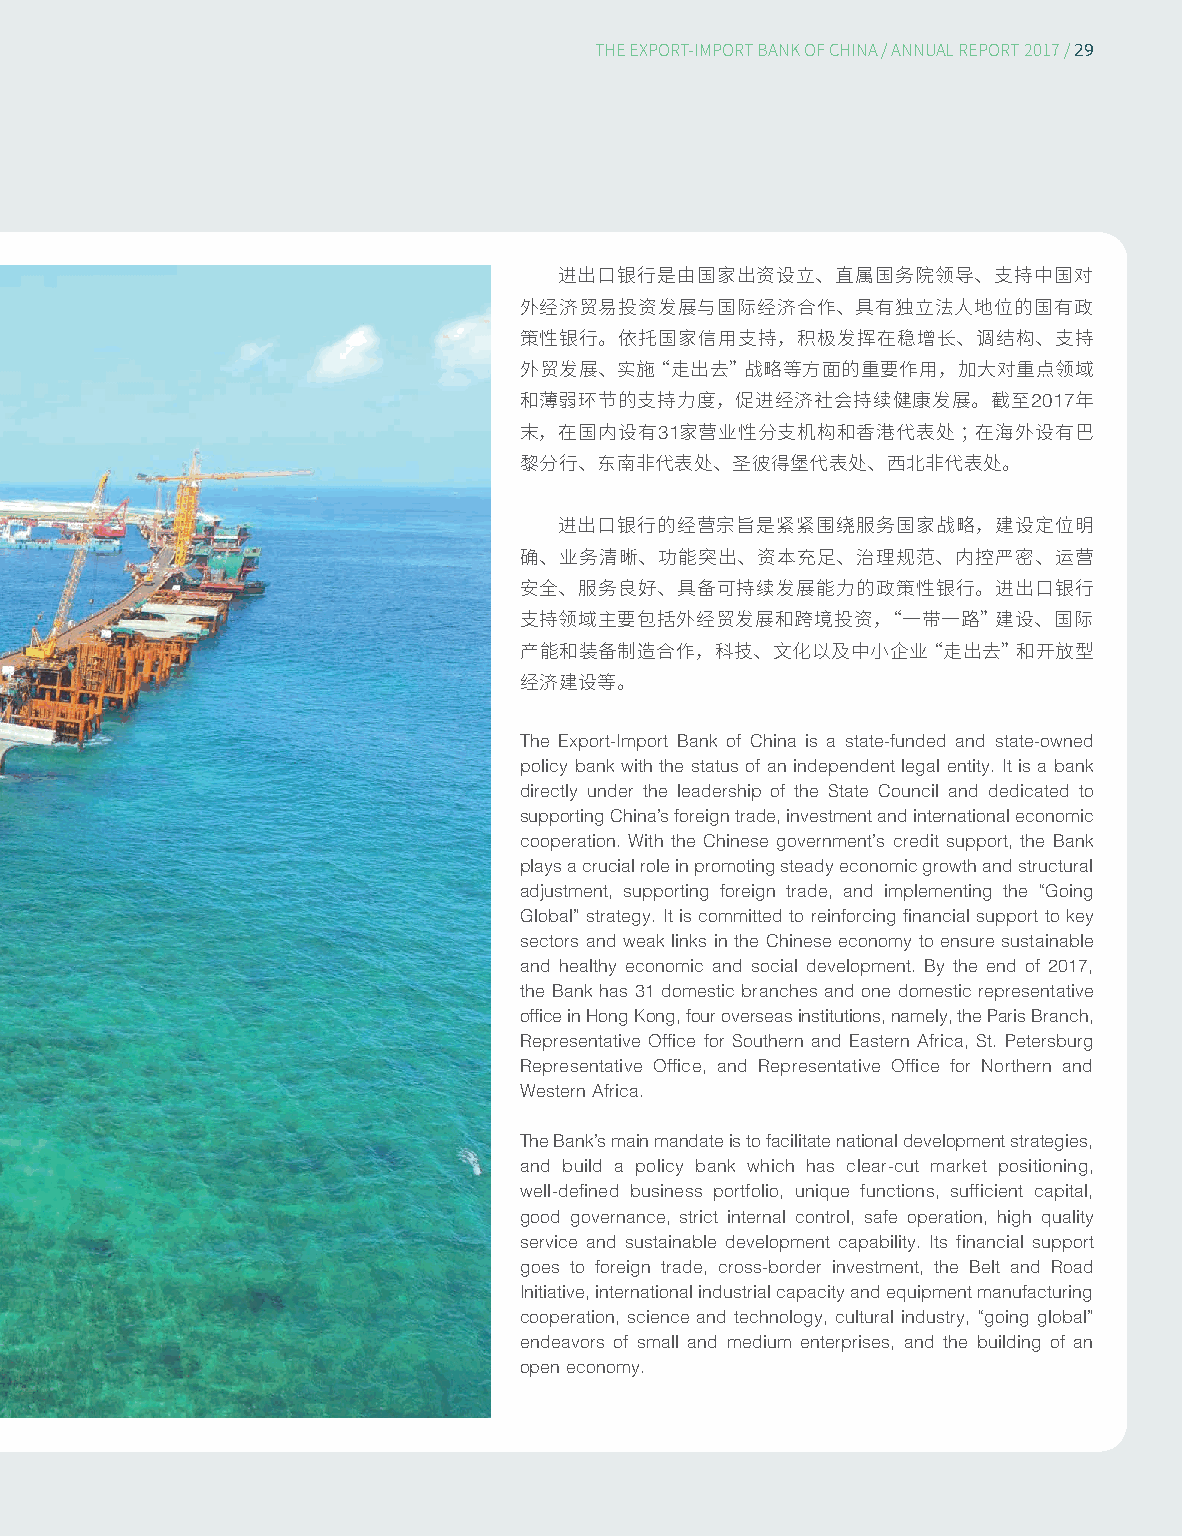
29
 THE EXPORT-IMPORT BANK OF CHINA/ ANNUAL REPORT 2017/
 进出口银行是由国家出资设立、直属国务院领导、支持中国对
 外经济贸易投资发展与国际经济合作、具有独立法人地位的国有政
 策性银行。依托国家信用支持，积极发挥在稳增长、调结构、支持
 外贸发展、实施“走出去”战略等方面的重要作用，加大对重点领域
 2017
 和薄弱环节的支持力度，促进经济社会持续健康发展。截至           年
 31
 末，在国内设有    家营业性分支机构和香港代表处；在海外设有巴
 黎分行、东南非代表处、圣彼得堡代表处、西北非代表处。
 进出口银行的经营宗旨是紧紧围绕服务国家战略，建设定位明
 确、业务清晰、功能突出、资本充足、治理规范、内控严密、运营
 安全、服务良好、具备可持续发展能力的政策性银行。进出口银行
 支持领域主要包括外经贸发展和跨境投资，“一带一路”建设、国际
 产能和装备制造合作，科技、文化以及中小企业“走出去”和开放型
 经济建设等。
 The Export-Import Bank of China is a state-funded and state-owned
 policy bank with the status of an independent legal entity. It is a bank
 directly under the leadership of the State Council and dedicated to
 supporting China’s foreign trade, investment and international economic
 cooperation. With the Chinese government’s credit support, the Bank
 plays a crucial role in promoting steady economic growth and structural
 adjustment, supporting foreign trade, and implementing the “Going
 Global” strategy. It is committed to reinforcing financial support to key
 sectors and weak links in the Chinese economy to ensure sustainable
 and healthy economic and social development. By the end of 2017,
 the Bank has 31 domestic branches and one domestic representative
 office in Hong Kong, four overseas institutions, namely, the Paris Branch,
 Representative Office for Southern and Eastern Africa, St. Petersburg
 Representative Office, and Representative Office for Northern and
 Western Africa.
 The Bank’s main mandate is to facilitate national development strategies,
 and build a policy bank which has clear-cut market positioning,
 well-defined business portfolio, unique functions, sufficient capital,
 good governance, strict internal control, safe operation, high quality
 service and sustainable development capability. Its financial support
 goes to foreign trade, cross-border investment, the Belt and Road
 Initiative, international industrial capacity and equipment manufacturing
 cooperation, science and technology, cultural industry, “going global”
 endeavors of small and medium enterprises, and the building of an
 open economy.